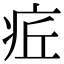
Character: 𤵢